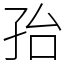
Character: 孡